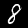
Label: 8